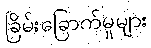
ခြိမ်းခြောက်မှုများ